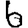
Digit: 6